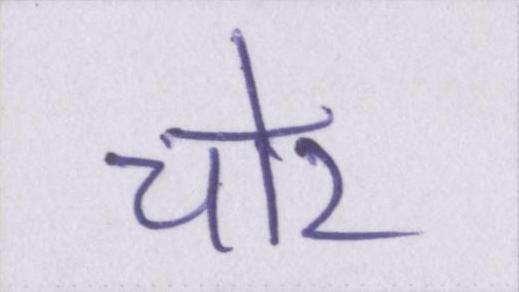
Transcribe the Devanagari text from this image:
चोर